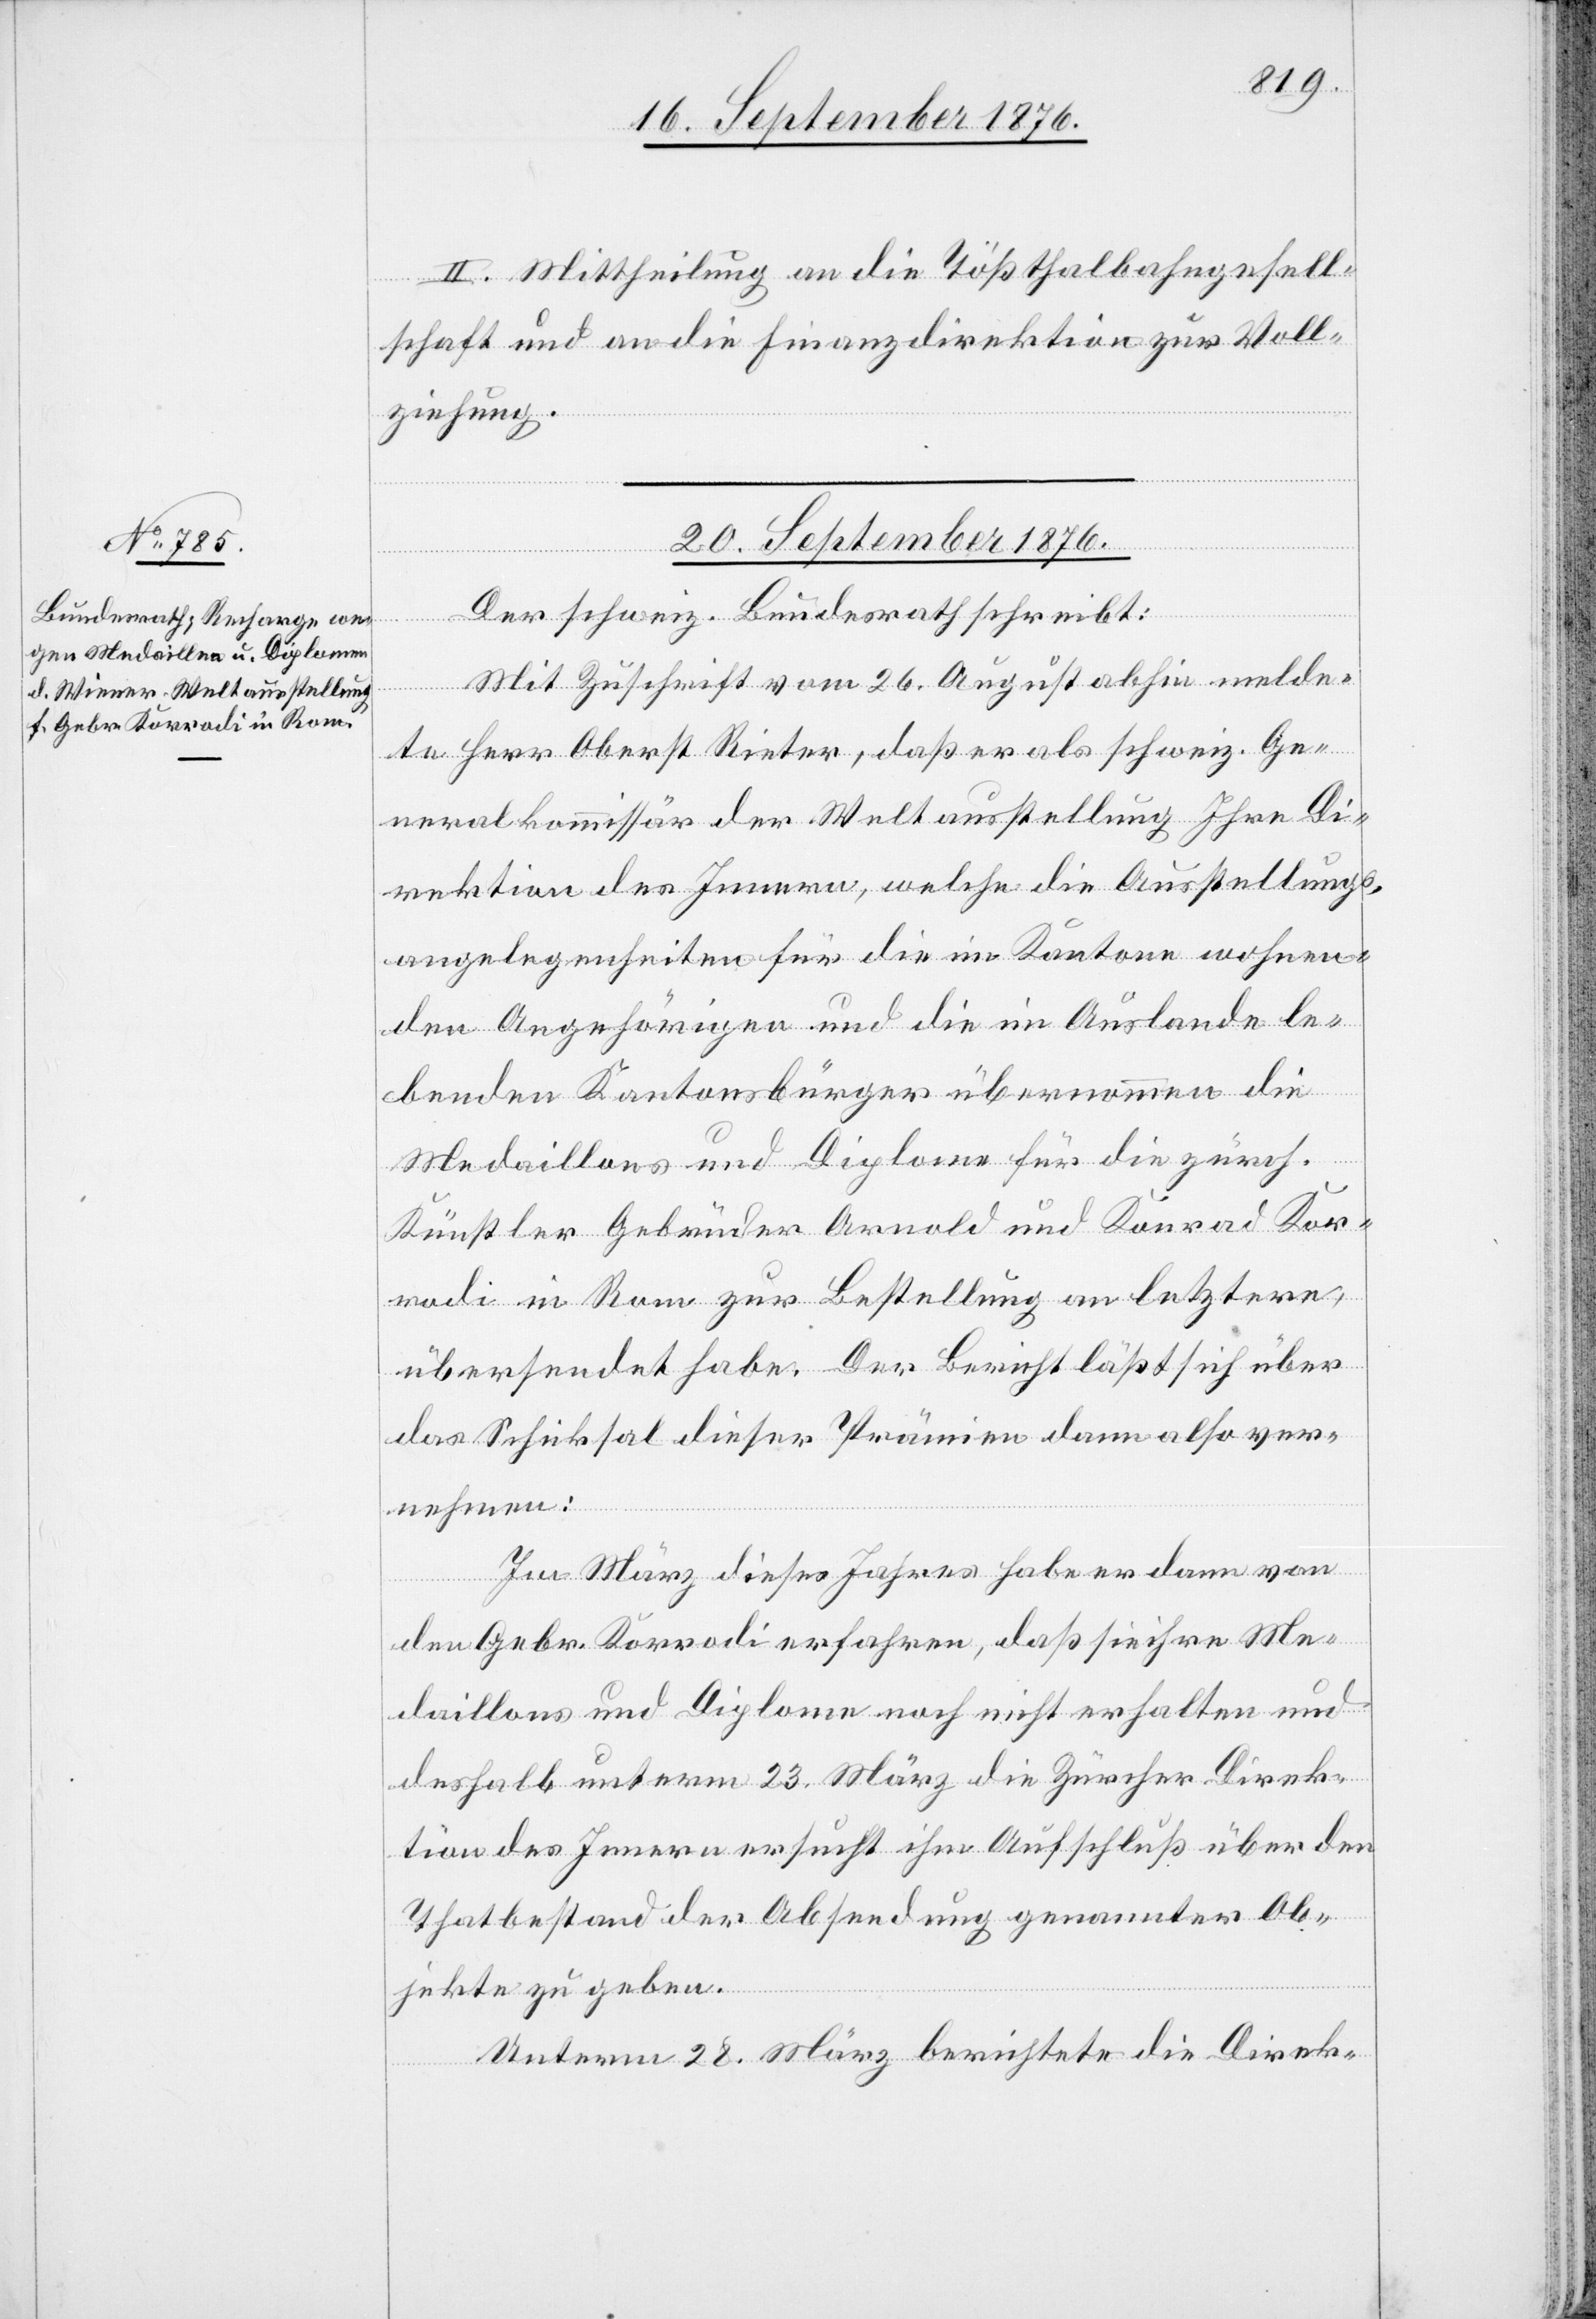
II. Mittheilung an die Tößthalbahngesell¬
schaft und an die Finanzdirektion zur Voll¬
ziehung.
20. September 1876.
Der schweiz. Bundesrath schreibt:
Mit Zuschrift vom 26. August abhin melde¬
te Herr Oberst Rieter, daß er als schweiz. Ge¬
neralkommissär der Weltausstellung Ihre Di¬
rektion des Innern, welche die Ausstellungs¬
angelegenheiten für die im Kantone wohnen¬
den Angehörigen und die im Auslande le¬
benden Kantonsbürger übernommen[,] die
Medaillons und Diplome für die zürch.
Künstler Gebrüder Arnold und Konrad Kor¬
rodi in Rom zur Bestellung an letztere,
übersendet habe. Der Bericht läßt sich über
das Schicksal dieser Prämien dann also ver¬
nehmen:
Im März dieses Jahres habe er dann von
den Gebr. Korrodi erfahren, da sie ihre Me¬
daillons und Diplome noch nicht erhalten und
deshalb unterm 23. März die Zürcher Direk¬
tion des Innern ersucht ihm Aufschluß über den
Thatbestand der Absendung genannter Ob¬
jekte zu geben.
Unterm 28. März berichtete die Direk-